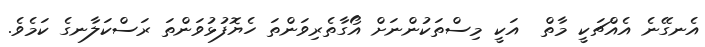
އެނގޭނެ އެއްޗަކީ މާތް  އަކީ މިސްތަކުންނަށް އޯގާތެރިވަންތަ ހެޔޮފުޅުވަންތަ ރަސްކަލާނގެ ކަމެވެ.